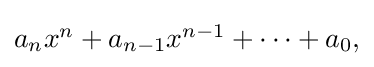
{\textstyle a_{n}x^{n}+a_{n-1}x^{n-1}+\cdots +a_{0},}